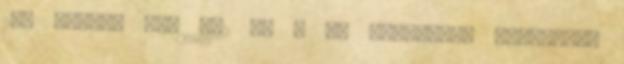
20. Akciós ár: 672 Ft A mi Kinizsink Reszkess,